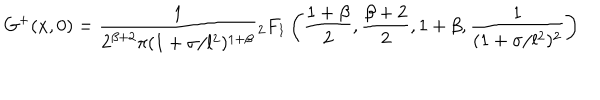
G ^ { + } ( x , 0 ) = \frac { 1 } { 2 ^ { \beta + 2 } \pi ( 1 + \sigma / l ^ { 2 } ) ^ { 1 + \beta } } { } _ { 2 } F _ { 1 } \left( \frac { 1 + \beta } { 2 } , \frac { \beta + 2 } { 2 } , 1 + \beta , \frac { 1 } { ( 1 + \sigma / l ^ { 2 } ) ^ { 2 } } \right)